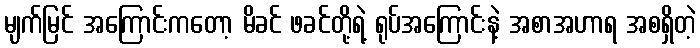
မျက်မြင် အကြောင်းကတော့ မိခင် ဖခင်တို့ရဲ့ ရုပ်အကြောင်းနဲ့ အစာအဟာရ အစရှိတဲ့